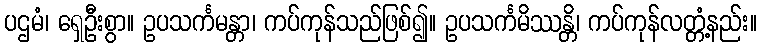
ပဌမံ၊ ရှေဦးစွာ။ ဥပသင်္ကမန္တာ၊ ကပ်ကုန်သည်ဖြစ်၍။ ဥပသင်္ကမိဿန္တိ၊ ကပ်ကုန်လတ္တံ့နည်း။